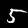
Label: 5